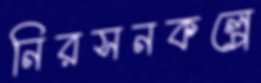
নিরসনকল্পে